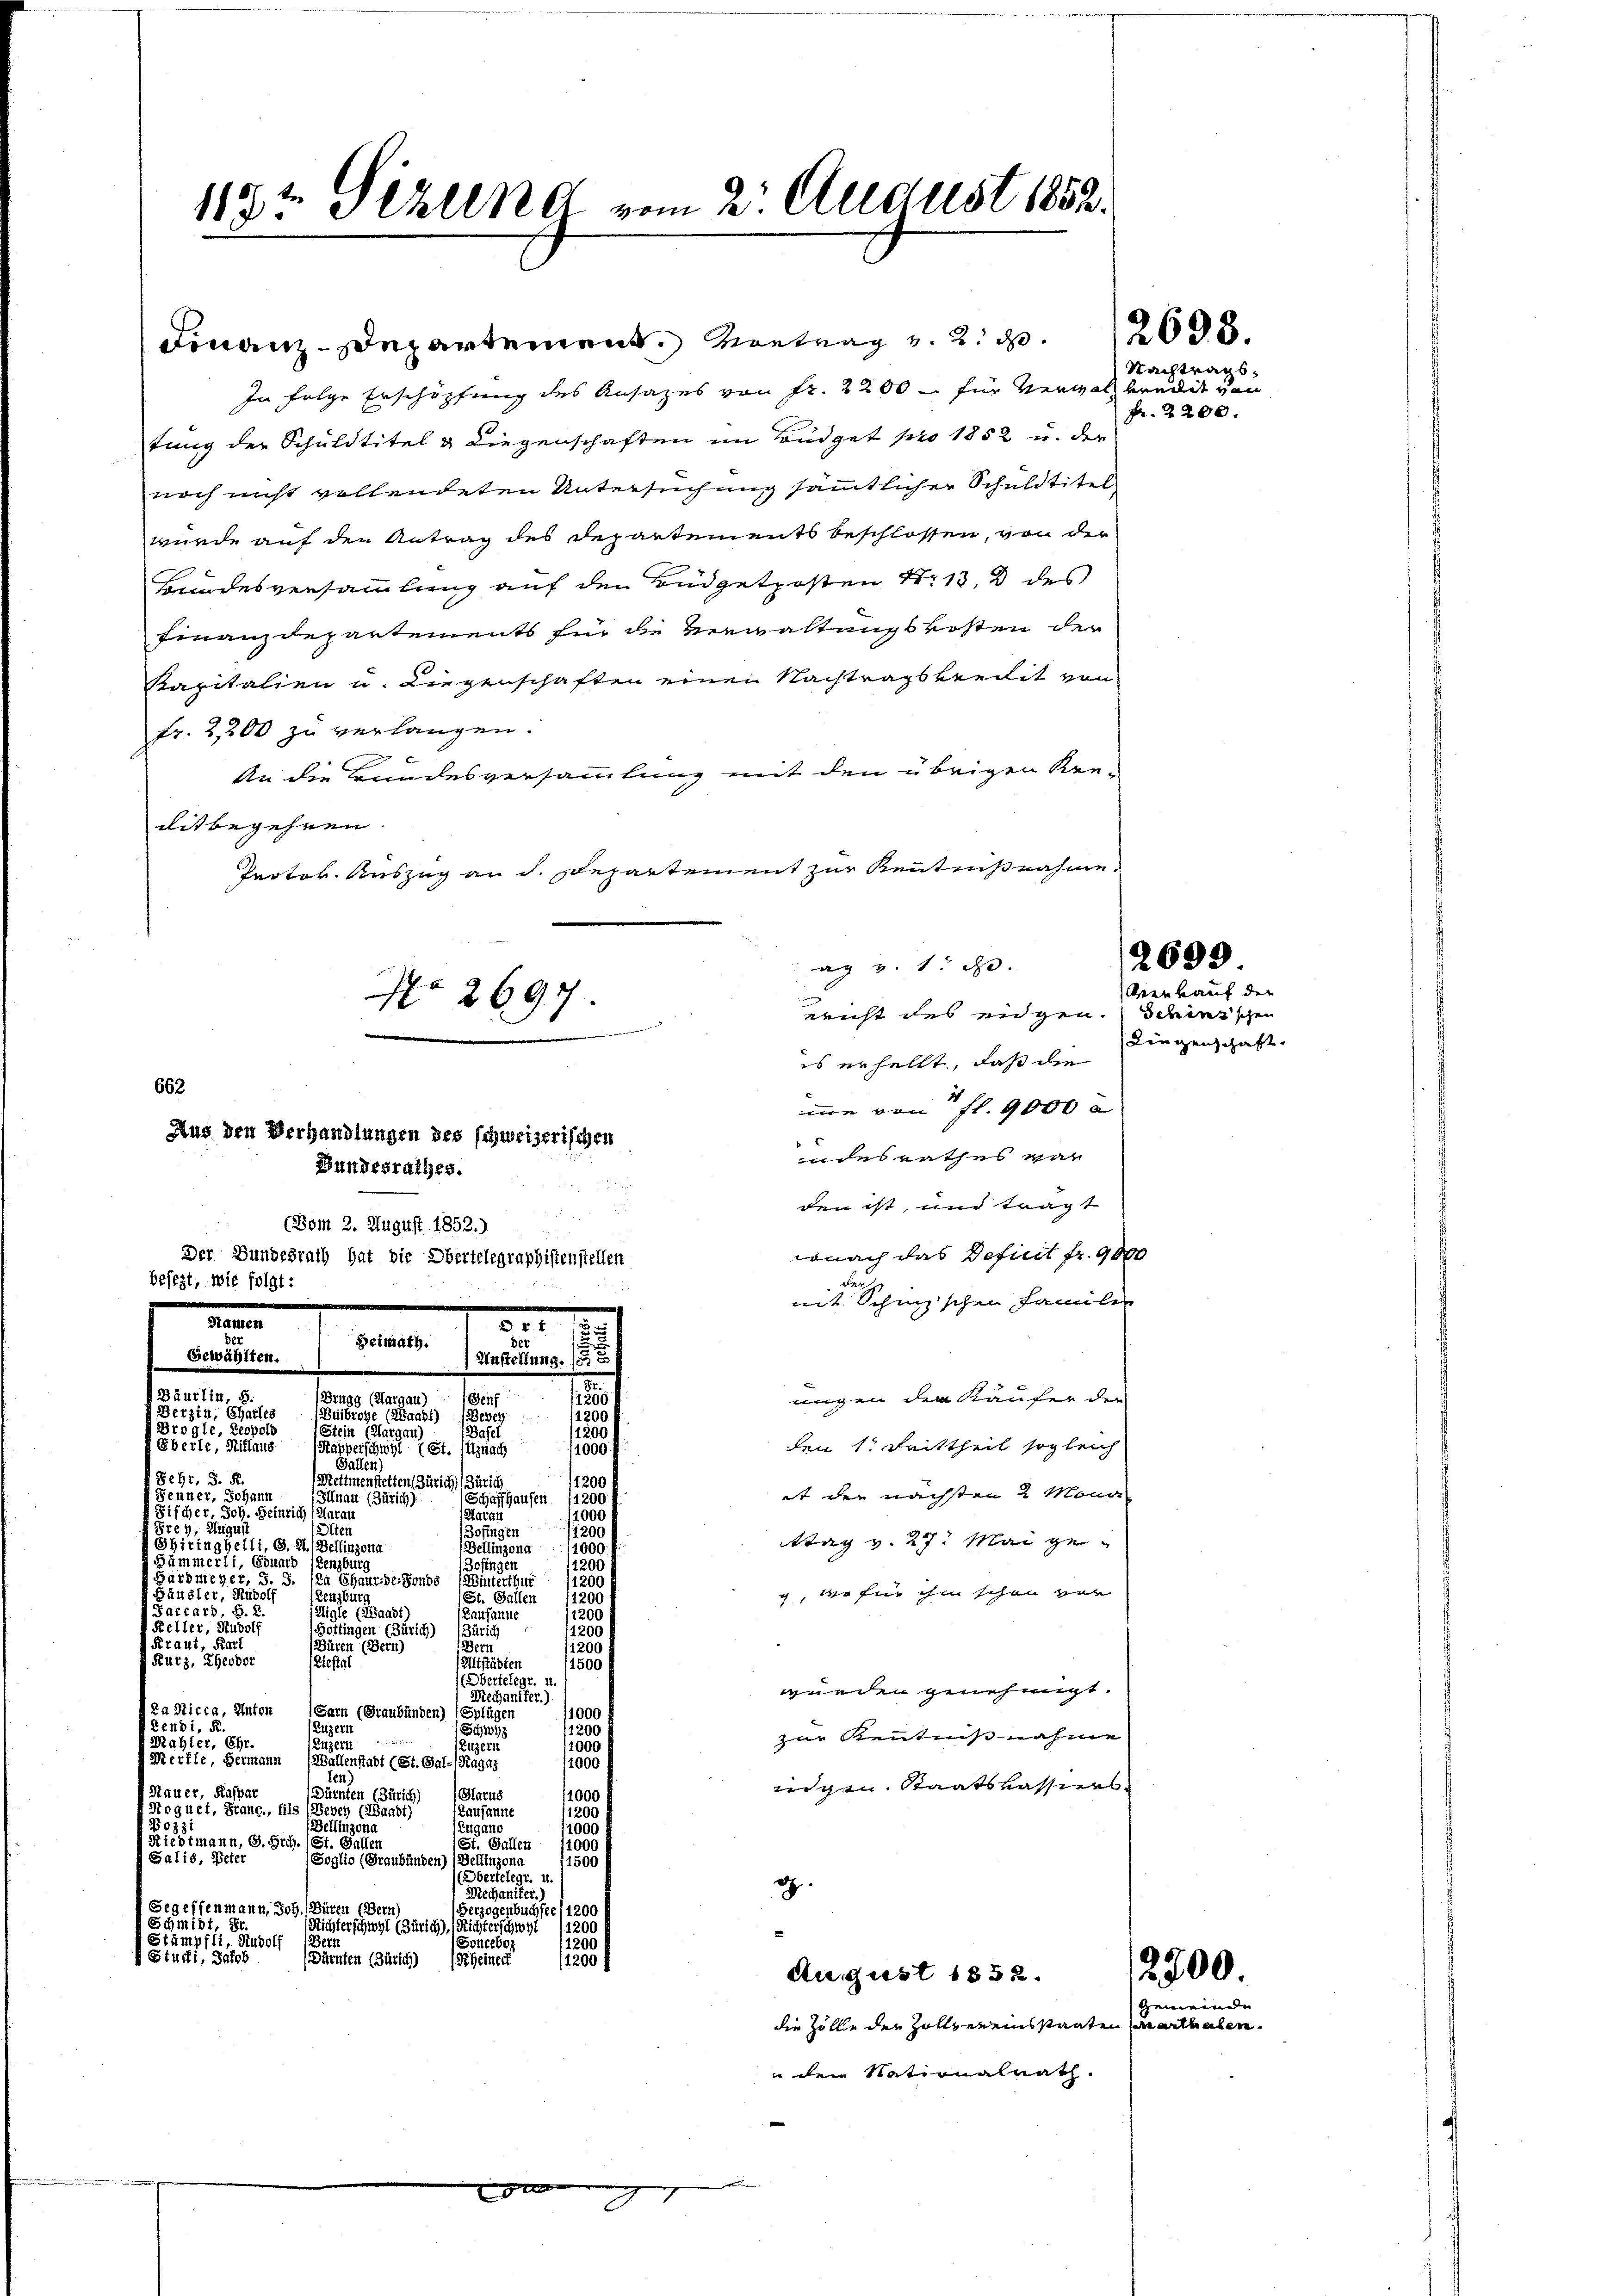
119t Sekund vom 2. August 1852.

In folge Erschöpfung des Ansazes von fr. 2200 – für Verwalzbrandit von
tung der Schuldtitel & Liegenschaften im Büdget pro 1852 u. der
noch nicht vollendeten Untersuchung sämmtlicher Schuldtitel
wurde auf den Antrag des Departements beschlossen, von der
Hiindesversammlung auf den Budgetrosten S. 13, 2 des
Finanzdepartements fin die Verwaltungskosten der
Kapitalien u. Liegenschaften einen Nachtragskredit von
fr. 2,200 zu verlangen.
c
An die Bundesversammlung mit den übrigen Ken-
ditbegehren.
Protor. Auszug an d. Departement zur Kenntnißnahme
 v. 1. d.
269 x
rricht des eidgen. Schinischen
es erhellt, daß die
662
me von fl. 9000 l
Aus den Verhandlungen des schweizerischen
udes rathes war
Bundesrathes.
den ist, und trägt
(Bom 2. August 1852.)
wonach das Definit fr. 9000
Der Bundesrath hat die Obertelegraphistenstellen

besezt, wie folgt:

Nament
Heimath.
Gewählten.

Finanderartement. Vortrag v. 2. 208.

0er
der
Anstellung.

Brugg (Aargau)
Genf
(Bubroge (Waadt) (Bevey 1200
Basel
(Stein (Margau)
Kapperschwyl (St. Uznach
Fallen)
Mettmenstetten Zürich, (Zürich
Schaffhausen 14200.
Illnau (Zürich)
Harau
Bofingen
Bellinzong/1000
Zofingen
Winterthur
1200
St. Gallen
Aigle (Waadt)
Lausanne

Bäurlin, 5.
.
Derzin, Challes
 Ziegle, Leopold
1255
Eberle, Mittaus
11500 f
Seyr, S. R.
1200
Fenner, Johann
 Fischer, Joh. Heinrich (Aaraus
11000
Frey, August
tei
17200.
Shiringhelli, G. H. Bellinzona
 Hämmerli, Eduard Lenzburg
1200
Hardmeyer, S. 3. (La Chaux-de-Fonds
Häusler, Rudolf
Lenzburg
120
Faccars, S. 2
1250
Keller, Rudolf
1200
(Hottingen (Zürich) (Zürich
Frant, Reit
Büren (Bern)
(1260
Bern
Kurz, Theodor
fästen
aesen
1500
etelegt u.
Biechaniker.)
Ra Nicca, Anton
11000
(Sarn (Graubünden) (Splügen
Leubi, R.
1200
jagen
Schwyz
e
Mahler, Ehr.
Luzern
s
11000
Merfle, Hermann (Wallenstadt (St. Gal-(Ragaz
11000 f
ten)
Hauer, Kaspar
(Glarus
Dürnten (Zürich)
1000
f Roguet, Franc., fils (Bevey (Waadt)
Lausanne
11200
0331
Bellinzona
11000
Zugano
Riedtmann, G. Frh. (St. Gallen
St. Gallen
1500 f
Salis, Peter
(Soglio (Graubünden) (Bellinzona
1500
(Obertelegt.
Mechaniker.)
Gegeffenmann, Joh. Büren (Bern)
Herzogenbuchfee (1200.
Schmidt, Sr.
(Nichterschwyl (Zürich), Richterschwyl 11200 f
E Stämpfli, Rudolf (Berz
Sonceboz
1200
 Eturfi, Jakob Dürnten (Zürich) (Scheiner
1200 f
August 1852.
die Zölle der Holtzereinsstaaten Marthalen.
 den Nationalrath.

Nachtrags¬
Fr. 2200.

mit Schinischen Familie
nügen der Käufer der
den 1. Feittheil sogleich
it der nächsten 2 Monde
ttag v. 27. Mai geg, wo für ihm schon von
würden genehmigt.
zur Kenntnißnahme
rischen Staatskassiers
.

Verkauf der
Liegenschaft.

2699.

2700.
Gemeinde